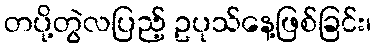
တပို့တွဲလပြည့် ဥပုသ်နေ့ဖြစ်ခြင်း၊